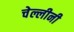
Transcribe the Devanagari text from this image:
चेल्लीनी